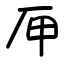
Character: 㕅